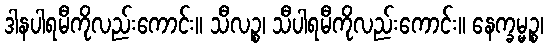
ဒါနပါရမီကိုလည်းကောင်း။ သီလဉ္စ၊ သီပါရမီကိုလည်းကောင်း။ နေက္ခမ္မဉ္စ၊